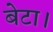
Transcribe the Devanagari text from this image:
बेटा।